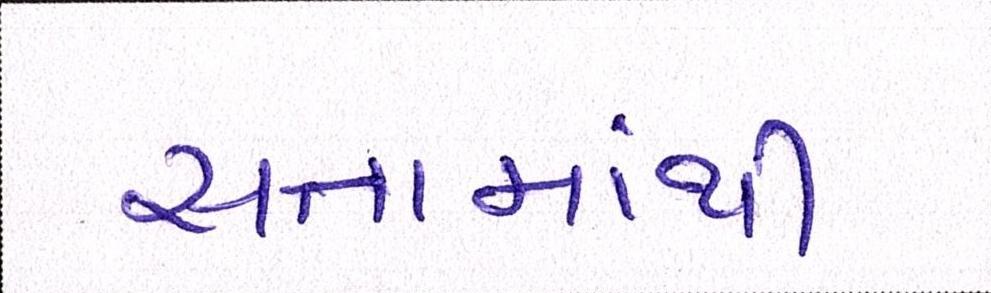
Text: સત્તામાંથી